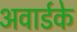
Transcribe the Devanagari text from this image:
अवार्डके